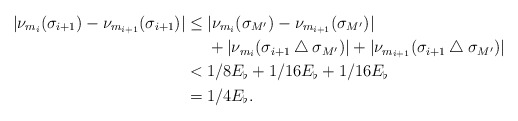
\begin{align*}|\nu_{m_i}(\sigma_{i+1})-\nu_{m_{i+1}}(\sigma_{i+1})|&\leq|\nu_{m_i}(\sigma_{M'})-\nu_{m_{i+1}}(\sigma_{M'})|\\&\ \ \ \ +|\nu_{m_i}(\sigma_{i+1}\bigtriangleup\sigma_{M'})|+|\nu_{m_{i+1}}(\sigma_{i+1}\bigtriangleup\sigma_{M'})|\\&<1/8E_\flat+1/16E_\flat+1/16E_\flat\\&=1/4E_\flat.\end{align*}